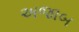
અજાબ